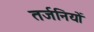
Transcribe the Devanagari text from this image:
तर्जनियों